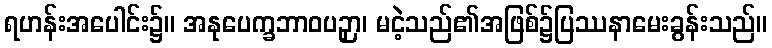
ရဟန်းအပေါင်း၌။ အနုပေက္ခဘာဝပဉှာ၊ မငဲ့သည်၏အဖြစ်၌ပြဿနာမေးခွန်းသည်။